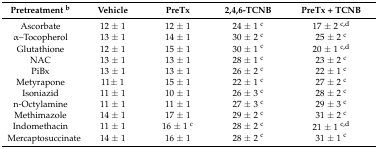
| Pretreatment b | Vehicle | PreTx | 2,4,6-TCNB | PreTx + TCNB |
 | --- | --- | --- | --- | --- |
 | Ascorbate | 12 ± 1 | 12 ± 1 | 24 ± 1 c | 17 ± 2 c,d |
 | α–Tocopherol | 13 ± 1 | 14 ± 1 | 30 ± 2 c | 25 ± 2 c |
 | Glutathione | 12 ± 1 | 15 ± 1 | 30 ± 1 c | 20 ± 1 c,d |
 | NAC | 13 ± 1 | 13 ± 1 | 28 ± 1 c | 23 ± 2 c |
 | PiBx | 13 ± 1 | 13 ± 1 | 26 ± 2 c | 22 ± 1 c |
 | Metyrapone | 11± 1 | 15 ± 1 | 22 ± 1 c | 27 ± 2 c |
 | Isoniazid | 11 ± 1 | 10 ± 1 | 26 ± 3 c | 28 ± 2 c |
 | n-Octylamine | 11 ± 1 | 11 ± 1 | 27 ± 3 c | 29 ± 3 c |
 | Methimazole | 14 ± 1 | 17 ± 1 | 29 ± 2 c | 31 ± 2 c |
 | Indomethacin | 11 ± 1 | 16 ± 1 c | 28 ± 2 c | 21 ± 1 c,d |
 | Mercaptosuccinate | 14 ± 1 | 16 ± 1 | 28 ± 2 c | 31 ± 1 c |